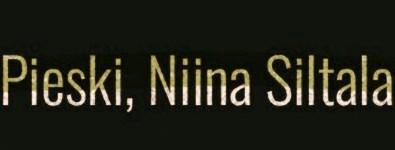
Pieski, Niina Siltala